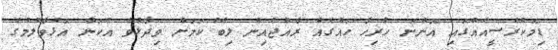
ޑިމޮކްރެސީއެއްގައި އޮންނަ ހުރިހާ ހައްގެއް ރާއްޖެއިން ލިބޭ ކަމަށް ވިދާޅުވެ އެކަން އޮޅުވާލުމުގެ